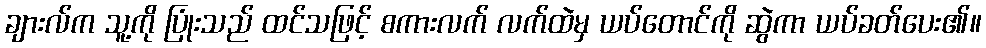
ချားလ်က သူ့ကို ပြုံးသည် ထင်သဖြင့် စကားလက် လက်ထဲမှ ယပ်တောင်ကို ဆွဲကာ ယပ်ခတ်ပေး၏။